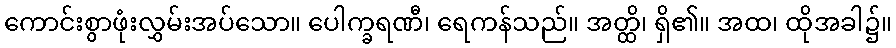
ကောင်းစွာဖုံးလွှမ်းအပ်သော။ ပေါက္ခရဏီ၊ ရေကန်သည်။ အတ္ထိ၊ ရှိ၏။ အထ၊ ထိုအခါ၌။